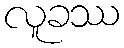
လူခဿ